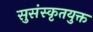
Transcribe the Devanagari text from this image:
सुसंस्कृतयुक्त